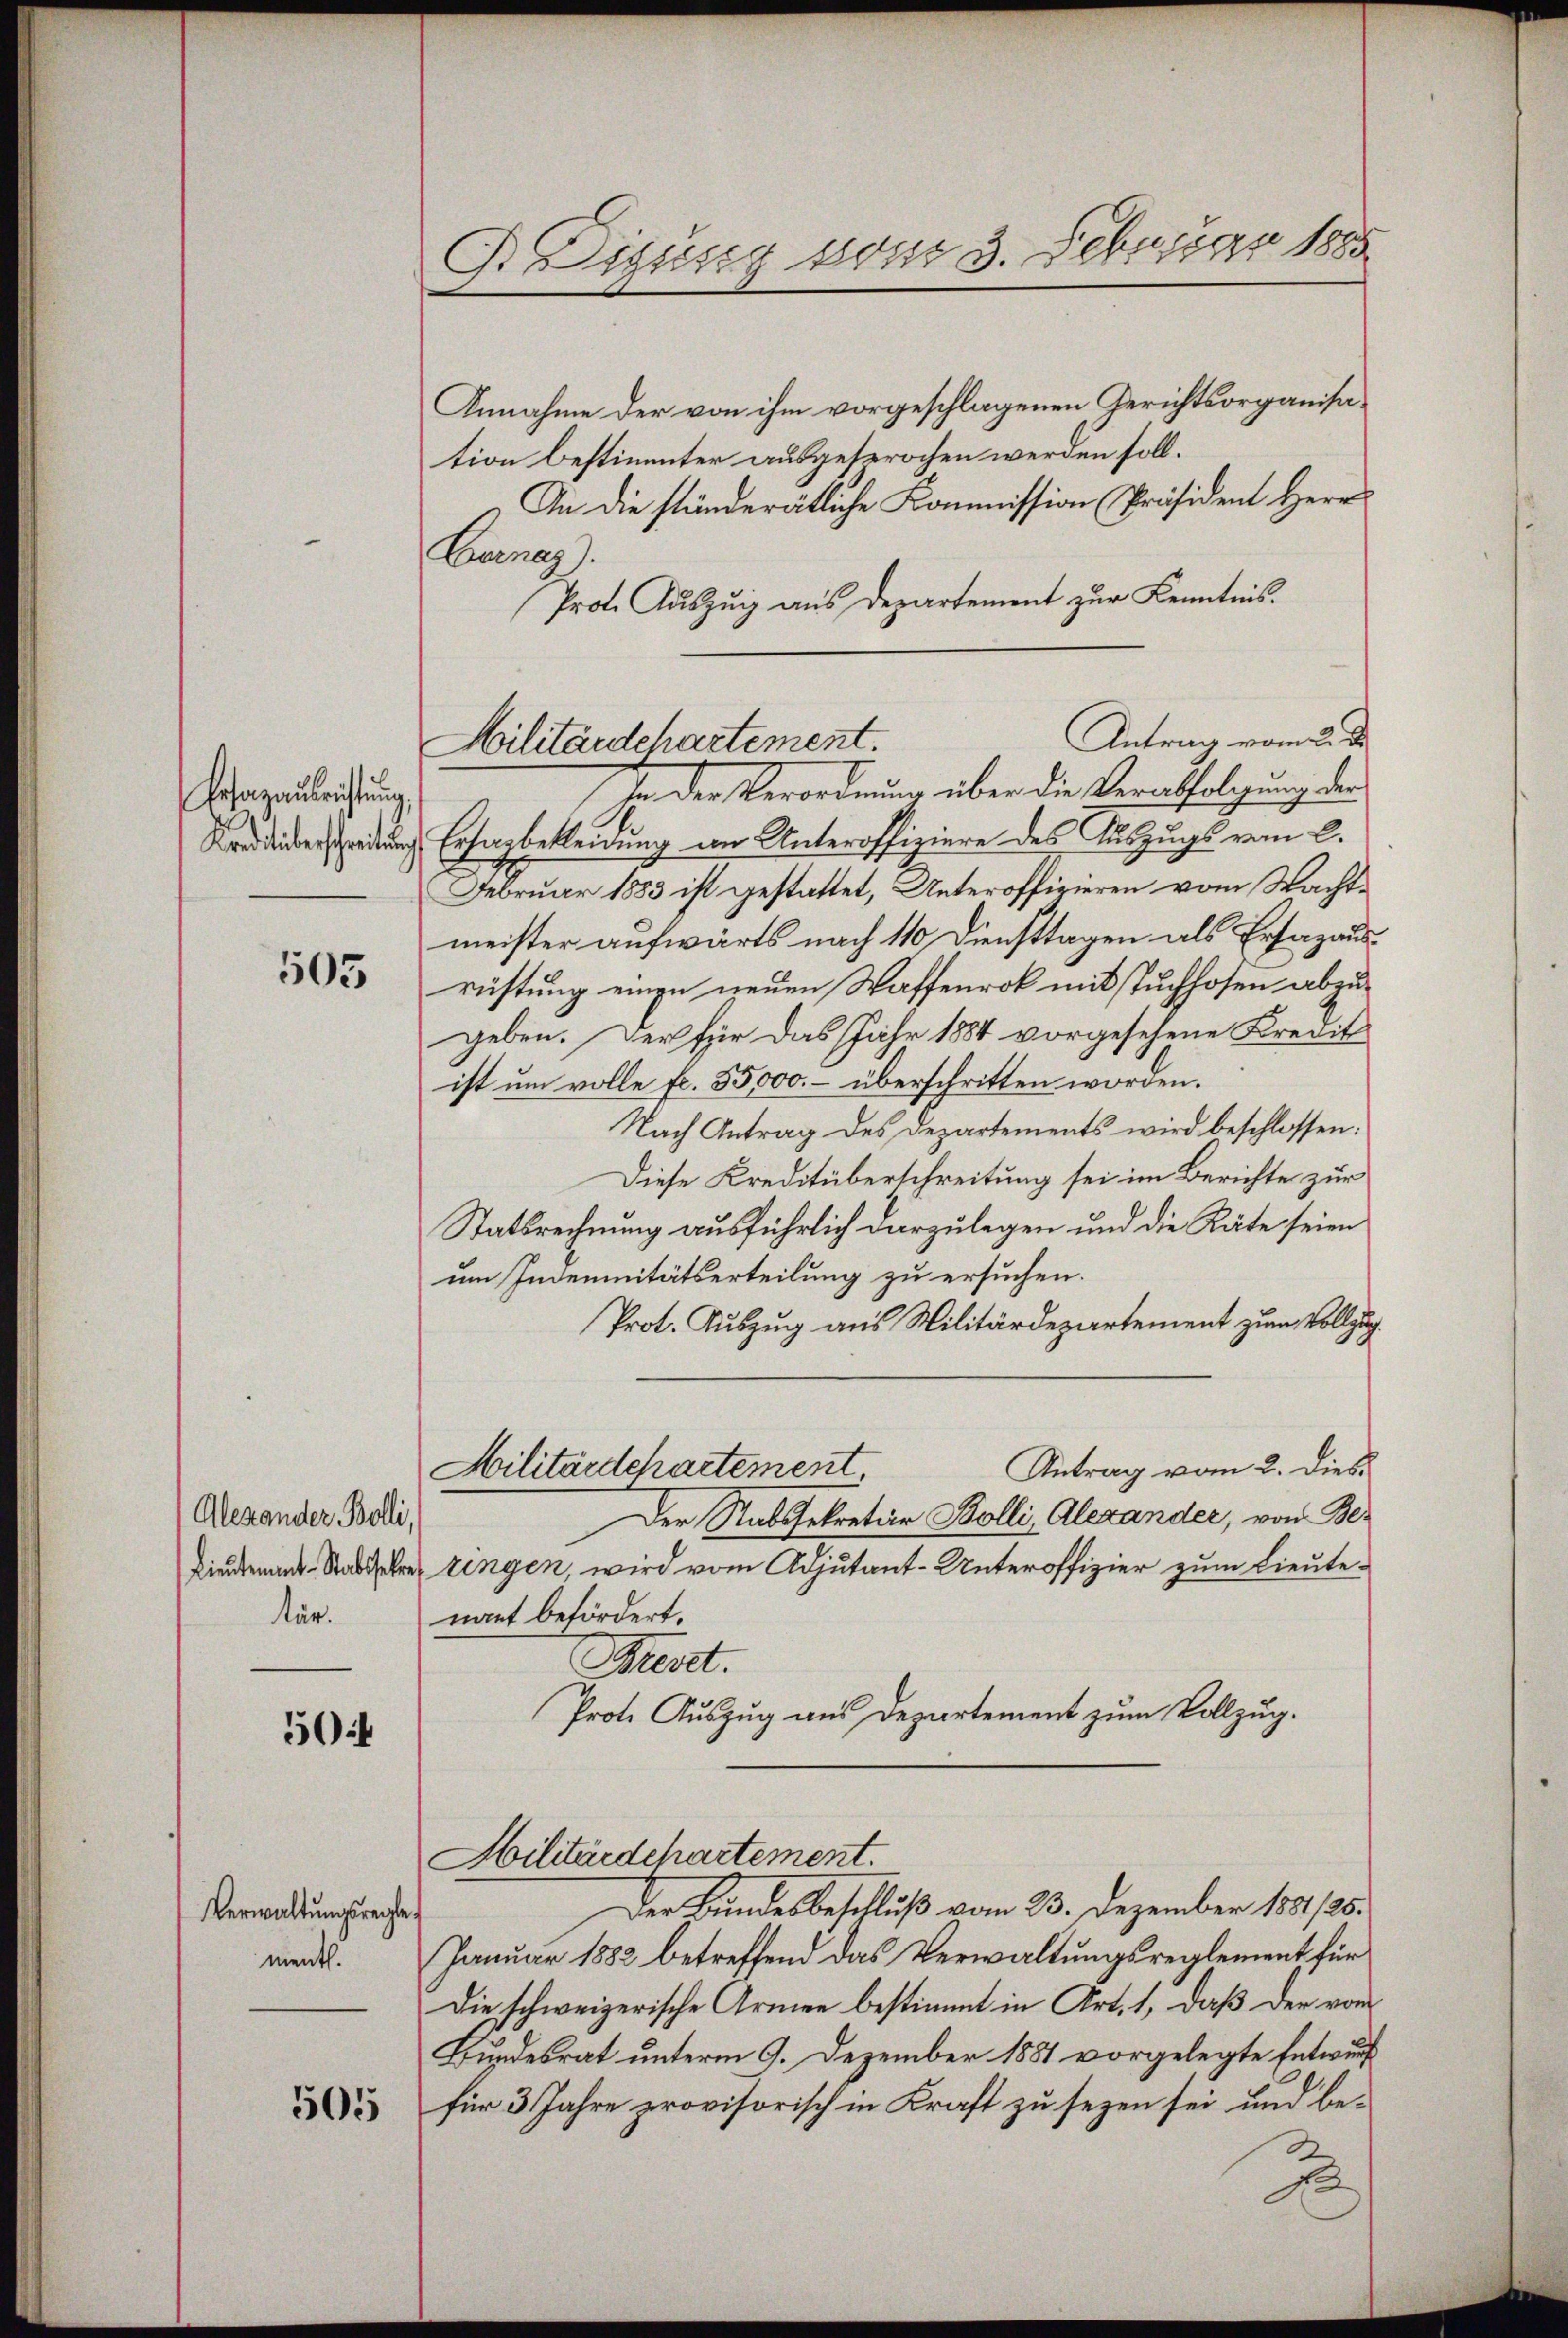
Erfazausrichtung

505

Alexander Bolli,
Lieutenant-Stabselre
tär.

504

Verwaltungsrechte
ment.

505

B. Digung vom 3. Februar 1885

Annahme der von ihm vorgeschlagenen Gerichtsorganisation bestimmter ausgesprochen werden soll.
In die ständerätliche Kommission Präsident Herr
Enenag
Prot. Auszug aus Departement zur Kenntnis.
In der Verordnung über die Verabfolgung der
Kandiderschreitung Ersagbekleidung von Unteroffiziere des Auszugs vom 2.
Februar 1883 ist gestattet, Unteroffizieren vom Nachtmeister aufwärts nach 110 Diensttagen als Ersazausrüstung einen neuen Waffenrok mit Tuchhofen abzugeben. Der für das Jahr 1884 vorgesehene Kredit
ist um volle fl. 55,000.– überschritten worden.
Nach Antrag des Departements wird beschlossen:
Diese Kreditüberschreitung sei im Berichte zur
Statsrechnung ausführlich darzulegen und die Räte seien
um Indemnitätserteilung zu ersuchen.
Prot. Auszug aus Militärdepartement zum Vollzug.
Antrag vom 2. dies
Militärdepartement
Der Rat gekretär Bolli, Alexander, von Be-
ringen, wird vom Adjutant-Unteroffizier zum Lieutenant befördert.
Mest.
Prote Auszug aus Departement zum Vollzug.
Hilitärdchartement.
Der Bundesbeschluß vom 23. Dezember 1881/25.
Januar 1882 betreffend das Verwaltungsreglement für
Die schweizerische Armen bestimmt in Art. 1, daß der von
Bundesrat unterm 9. Dezember 1881 vorgelegte Entwurf
für 3 Jahre provisorisch in Kraft zu sezen sei und be¬
2

Antrag vom 2. d.
Militärdehartement.